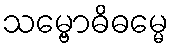
သမ္ဗောဓိဓမ္မေ